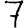
Digit: 7